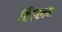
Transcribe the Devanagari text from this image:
टिल्लर